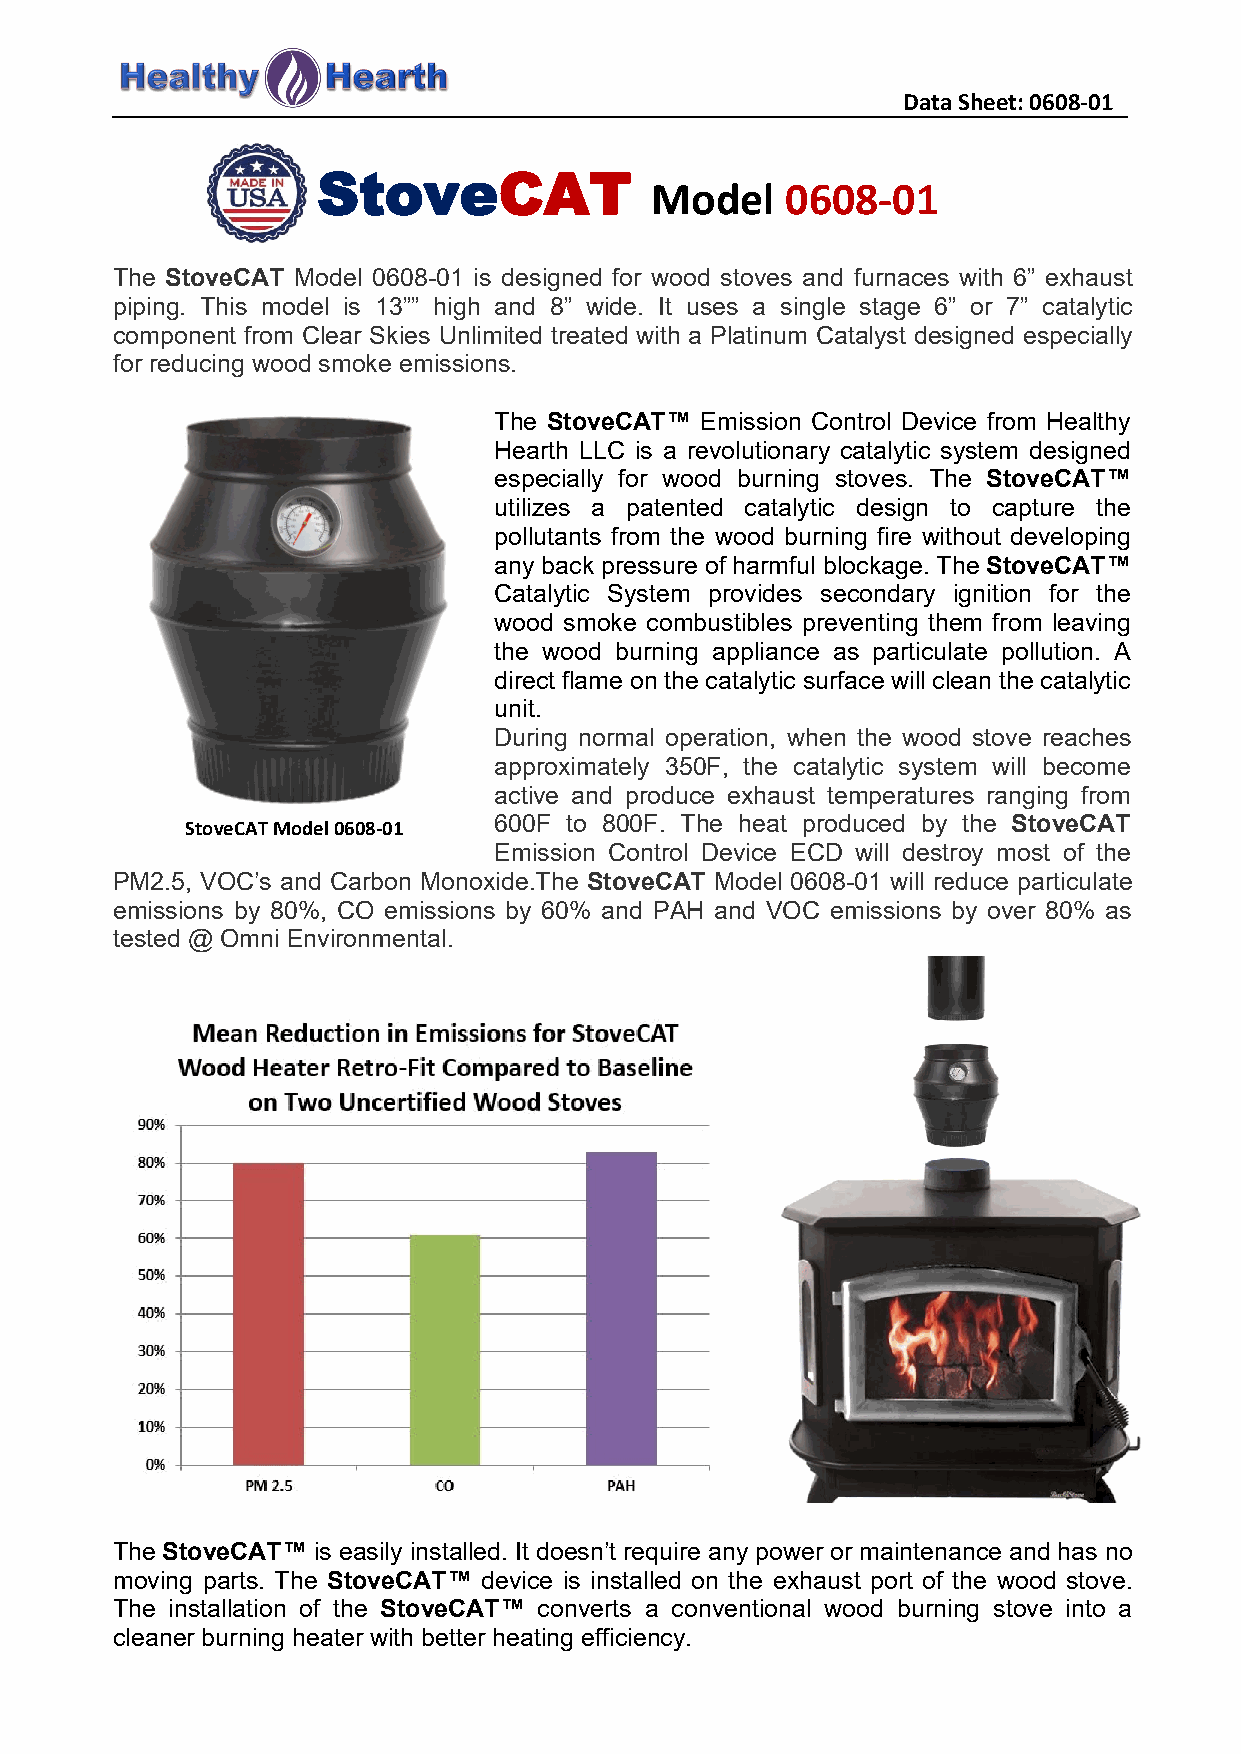
DataSheet:0608-01
 StoveCAT
 Model    0608-01
 The StoveCAT Model 0608-01 is designed for wood stoves and furnaces with 6” exhaust
 piping. This model is 13”” high and 8” wide. It uses a single stage 6” or 7” catalytic
 component from Clear Skies Unlimited treated with a Platinum Catalyst designed especially
 for reducing wood smoke emissions.
 The StoveCAT™ Emission Control Device from Healthy
 Hearth LLC is a revolutionary catalytic system designed
 especially for wood burning stoves. The StoveCAT™
 utilizes a patented catalytic design to capture the
 pollutants from the wood burning fire without developing
 any back pressure of harmful blockage. The StoveCAT™
 Catalytic System provides secondary ignition for the
 wood smoke combustibles preventing them from leaving
 the wood burning appliance as particulate pollution. A
 direct flame on the catalytic surface will clean the catalytic
 unit.
 During normal operation, when the wood stove reaches
 approximately 350F, the catalytic system will become
 active and produce exhaust temperatures ranging from
 StoveCATModel0608-01 600F to 800F. The heat produced by the StoveCAT
 Emission Control Device ECD will destroy most of the
 PM2.5, VOC’s and Carbon Monoxide.The StoveCAT Model 0608-01 will reduce particulate
 emissions by 80%, CO emissions by 60% and PAH and VOC emissions by over 80% as
 tested @ Omni Environmental.
 The StoveCAT™ is easily installed. It doesn’t require any power or maintenance and has no
 moving parts. The StoveCAT™ device is installed on the exhaust port of the wood stove.
 The installation of the StoveCAT™ converts a conventional wood burning stove into a
 cleaner burning heater with better heating efficiency.